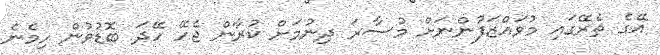
އޭގެ ތެރޭގައި މުވައްޒަފުންނަށް މުސާރަ ދިނުމަށް ކުރާން ޖެހޭ ހޭދަ ބޮޑުވުން ހިމެނެ